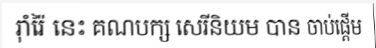
រ៉ាំរ៉ៃ នេះ គណបក្ស សេរីនិយម បាន ចាប់ផ្តើម